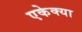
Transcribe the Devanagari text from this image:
एकेक्या